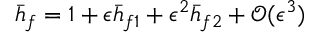
\bar { h } _ { f } = 1 + \epsilon \bar { h } _ { f 1 } + \epsilon ^ { 2 } \bar { h } _ { f 2 } + \mathcal { O } ( \epsilon ^ { 3 } )